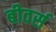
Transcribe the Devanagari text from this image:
बीवर्स